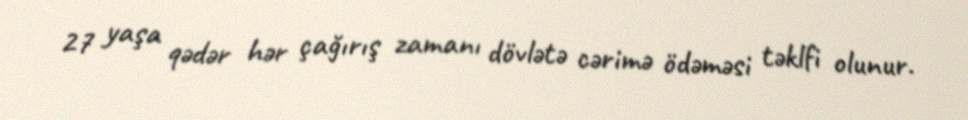
27 yaşa qədər hər çağırış zamanı dövlətə cərimə ödəməsi təklfi olunur.